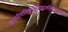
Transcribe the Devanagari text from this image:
जननीमतिकुतूहलाद्बालस्त्रिभुवनत्राता